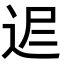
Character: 𨒈